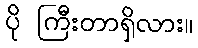
ပို ကြီးတာရှိလား။